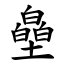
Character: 皨